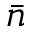
\bar { n }